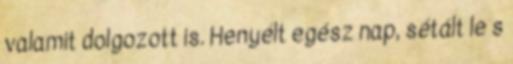
valamit dolgozott is. Henyélt egész nap, sétált le s